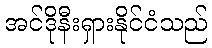
အင်ဒိုနီးရှားနိုင်ငံသည်